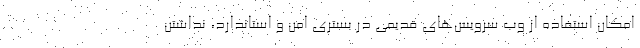
امکان استفاده از وب سرویس‌های قدیمی در بستری امن و استاندارد، نداشتن